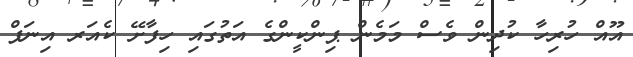
އޫއް ހުރިހާ ކުދިން ވެސް މަމެން ޕިންކީންގެ އަތުގައި ހިފާށޭ ކެއަރ އިނަފް